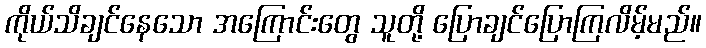
ကိုယ်သိချင်နေသော အကြောင်းတွေ သူတို့ ပြောချင်ပြောကြလိမ့်မည်။